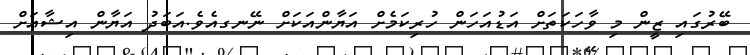
ބޭރުގައި ޒީން މި ވާހަކަތަށް އަޑުއަހަން ހުރިކަމެށް އަޔާންއަކަށް ނޭނގއެވެ.އަބަދު އަޔާން އިޝާއަށް